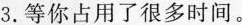
3.等你占用了很多时间.